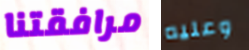
مرافقتنا وعليه